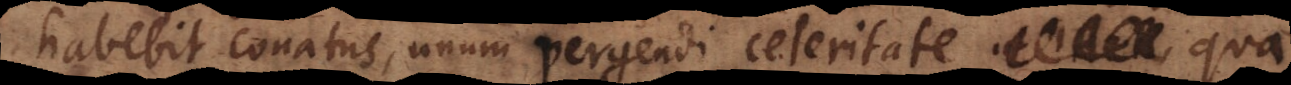
habebit conatus, unum pergendi celeritate qua